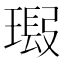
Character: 𱯣